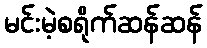
မင်းမဲ့စရိုက်ဆန်ဆန်